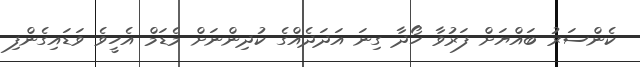
ކެންސަރު ބައްޔަށް ފަރުވާ ހޯދާ ގިނަ އަދަދެއްގެ ކުދިންނަށް މެޑަމް އެހީވެ ވަޑައިގެންފި